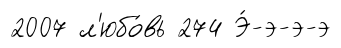
2007 л'юбо́вь 274 Э́-э-э-э